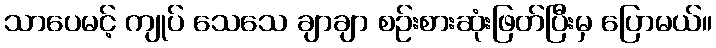
သာပေမင့် ကျုပ် သေသေ ချာချာ စဉ်းစားဆုံးဖြတ်ပြီးမှ ပြောမယ်။